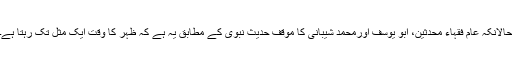
حالانکہ عام فقہاء محدثین، ابو یوسف اورمحمد شیبانی کا مؤقف حدیثِ نبوی کے مطابق یہ ہے کہ ظہر کا وقت ایک مثل تک رہتا ہے۔